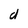
Character: d